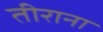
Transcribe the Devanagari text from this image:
तीराना